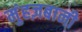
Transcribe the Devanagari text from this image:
मुंहज़बानी